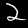
Label: 2